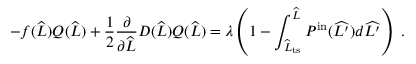
- f ( \widehat { L } ) Q ( \widehat { L } ) + \frac { 1 } { 2 } \frac { \partial } { \partial \widehat { L } } D ( \widehat { L } ) Q ( \widehat { L } ) = \lambda \left( 1 - \int _ { \widehat { L } _ { \mathrm { t s } } } ^ { \widehat { L } } P ^ { \mathrm { i n } } ( \widehat { L ^ { \prime } } ) d \widehat { L ^ { \prime } } \right) \ .